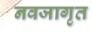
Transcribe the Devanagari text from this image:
नवजागृत